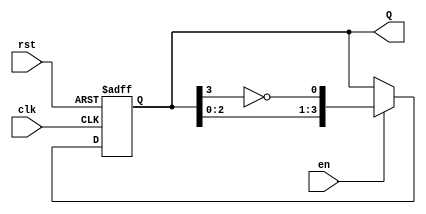
module johnson_counter #(
    parameter n = 4  // Number of flip-flops (adjust as needed)
)(
    input wire clk,        // Clock signal
    input wire rst,        // Asynchronous reset
    input wire en,         // Enable signal
    output reg [n-1:0] Q   // Counter output
);

// Internal signal for the inverted output of the last flip-flop
wire feedback;

assign feedback = ~Q[n-1]; // Inverted output of the last flip-flop

// Always block for the Johnson counter operation
always @(posedge clk or posedge rst) begin
    if (rst) begin
        Q <= 0; // Reset the counter to 0
    end else if (en) begin
        // Shift the current state and feedback the inverted last bit
        Q <= {Q[n-2:0], feedback};
    end
end

endmodule